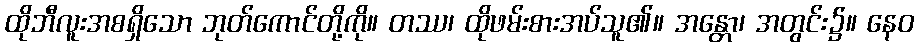
ထိုဘီလူးအစရှိသော ဘုတ်ကောင်တို့ကို။ တဿ၊ ထိုဖမ်းစားအပ်သူ၏။ အန္တော၊ အတွင်း၌။ နေဝ